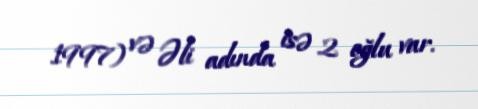
1997) və Əli adında isə 2 oğlu var.